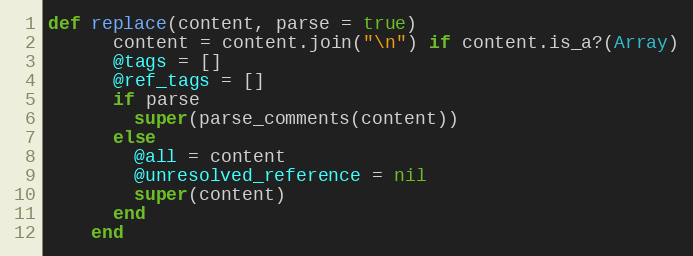
Language: Ruby
def replace(content, parse = true)
      content = content.join("\n") if content.is_a?(Array)
      @tags = []
      @ref_tags = []
      if parse
        super(parse_comments(content))
      else
        @all = content
        @unresolved_reference = nil
        super(content)
      end
    end